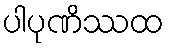
ပါပုဏိဿထ